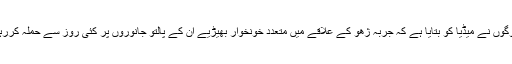
مقامی لوگوں نے میڈیا کو بتایا ہے کہ جربہ ژھو کے علاقے میں متعدد خونخوار بھیڑیے ان کے پالتو جانوروں پر کئی روز سے حملہ کررہے ہیں ۔